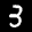
Label: 3